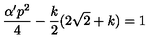
\frac { \alpha ^ { \prime } p ^ { 2 } } { 4 } - \frac { k } { 2 } ( 2 \sqrt { 2 } + k ) = 1